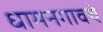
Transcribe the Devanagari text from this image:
धामनगावचे